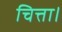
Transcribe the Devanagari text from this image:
चित्ता।